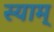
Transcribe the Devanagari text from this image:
स्याम्